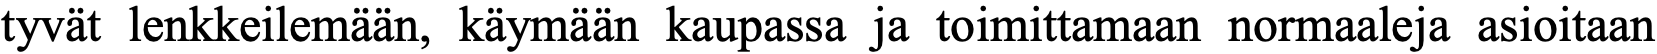
tyvät lenkkeilemään, käymään kaupassa ja toimittamaan normaaleja asioitaan